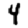
Digit: 4